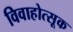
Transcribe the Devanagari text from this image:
विवाहोत्सूक